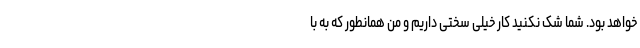
خواهد بود. شما شک نکنید کار خیلی سختی داریم و من همانطور که به با